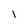
Character: i